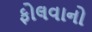
ફોલવાનો